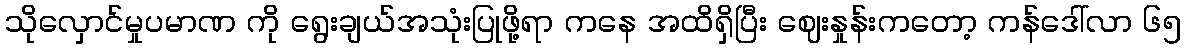
သိုလှောင်မှုပမာဏ ကို ရွေးချယ်အသုံးပြုဖို့ရာ ကနေ အထိရှိပြီး ဈေးနှုန်းကတော့ ကန်ဒေါ်လာ ၆၅